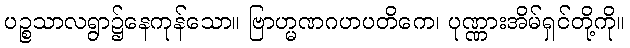
ပဉ္စသာလရွာ၌နေကုန်သော။ ဗြာဟ္မဏဂဟပတိကေ၊ ပုဏ္ဏားအိမ်ရှင်တို့ကို။